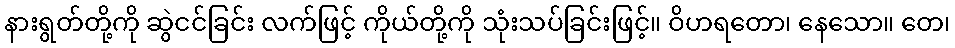
နားရွတ်တို့ကို ဆွဲငင်ခြင်း လက်ဖြင့် ကိုယ်တို့ကို သုံးသပ်ခြင်းဖြင့်။ ဝိဟရတော၊ နေသော။ တေ၊